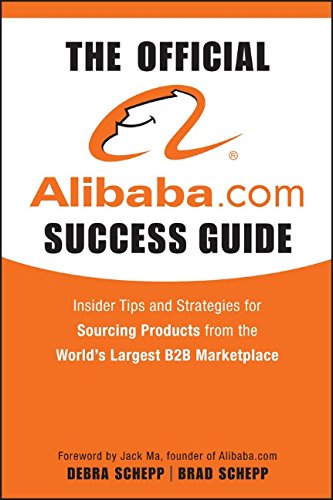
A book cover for The Official Alibaba.com Success Guide: Insider Tips and Strategies for Sourcing Products from the World's Largest B2B Marketplace; Brad Schepp; Business & Money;